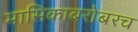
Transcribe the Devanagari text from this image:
मासिकाबरोबरच